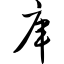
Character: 库